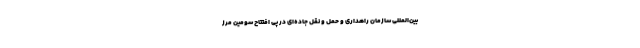
بین‌المللی سازمان راهداری و حمل و نقل جاده‌ای در پی افتتاح سومین مرز